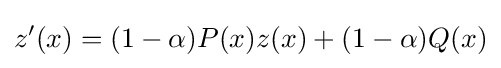
z'(x)=(1-\alpha )P(x)z(x)+(1-\alpha )Q(x)